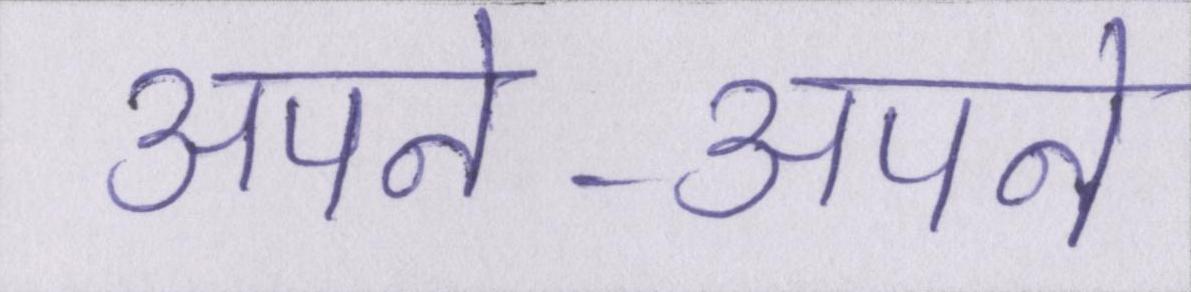
अपने-अपने